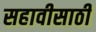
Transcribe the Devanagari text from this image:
सहावीसाठी